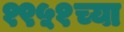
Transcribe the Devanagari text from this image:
१९५१च्या